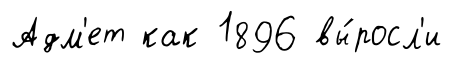
Адм'ет как 1896 вы́росл'и